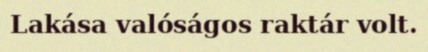
Lakása valóságos raktár volt.